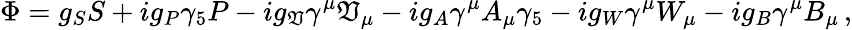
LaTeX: \Phi=g_{S}S+ig_{P}\gamma_{5}P-ig_{\mathfrak{V}}\gamma^{\mu}\mathfrak{V}_{\mu}-ig_{A}\gamma^{\mu}A_{\mu}\gamma_{5}-ig_{W}\gamma^{\mu}W_{\mu}-ig_{B}\gamma^{\mu}B_{\mu}\, ,